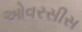
ઓવરસીસ